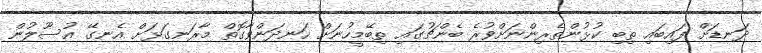
ދަނޑަށް ފައިބައި ތިބި ކުޅުންތެރިންނަށްވުރެ ބެންޗުގައި ތިބޭމީހުނަށް ހަނދަންވާގޮތް މާރަނގަޅަށް އެނގޭ އުސޫލުން